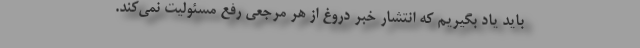
باید یاد بگیریم که انتشار خبر دروغ از هر مرجعی رفع مسئولیت نمی‌کند.